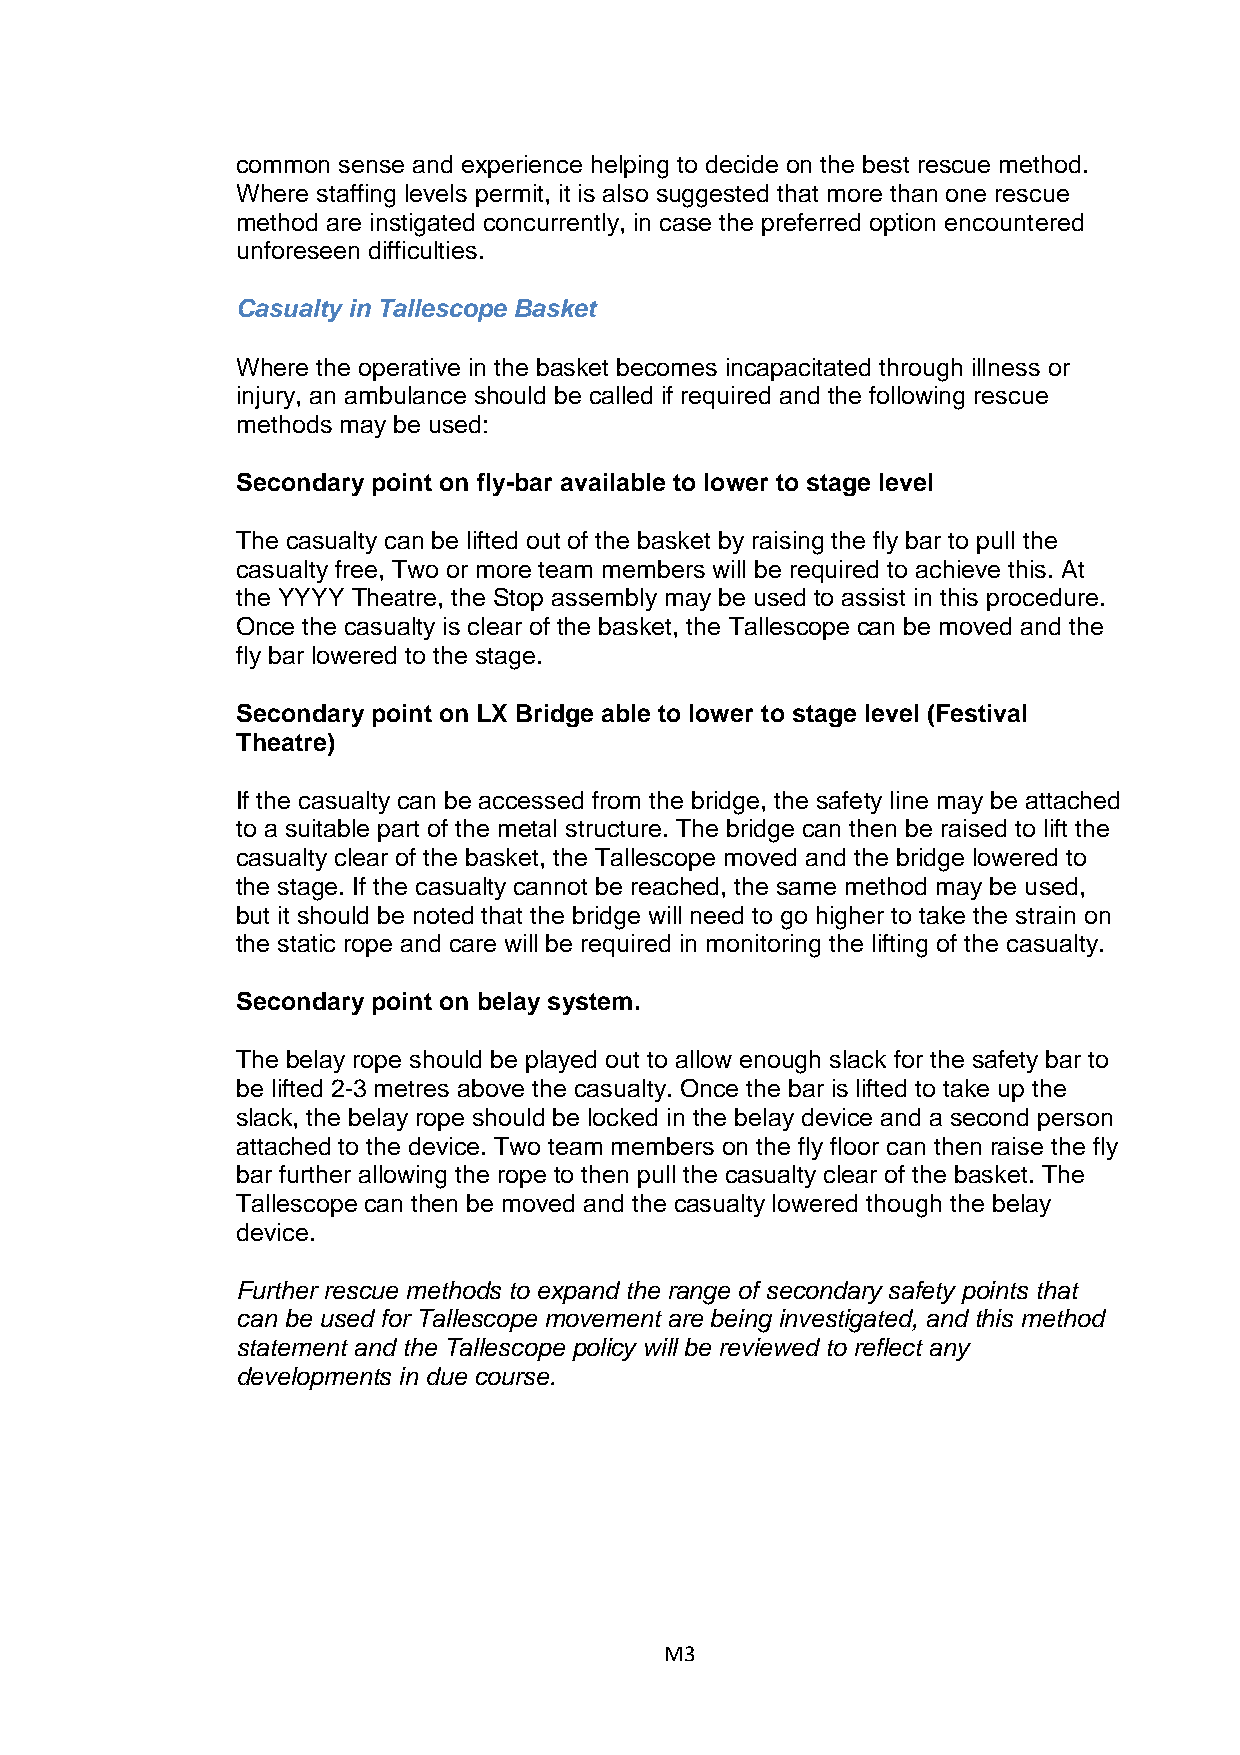
common sense and experience helping to decide on the best rescue method.
 Where staffing levels permit, it is also suggested that more than one rescue
 method are instigated concurrently, in case the preferred option encountered
 unforeseen difficulties.
 Casualty in Tallescope Basket
 Where the operative in the basket becomes incapacitated through illness or
 injury, an ambulance should be called if required and the following rescue
 methods may be used:
 Secondary point on fly-bar available to lower to stage level
 The casualty can be lifted out of the basket by raising the fly bar to pull the
 casualty free, Two or more team members will be required to achieve this. At
 the YYYY Theatre, the Stop assembly may be used to assist in this procedure.
 Once the casualty is clear of the basket, the Tallescope can be moved and the
 fly bar lowered to the stage.
 Secondary point on LX Bridge able to lower to stage level (Festival
 Theatre)
 If the casualty can be accessed from the bridge, the safety line may be attached
 to a suitable part of the metal structure. The bridge can then be raised to lift the
 casualty clear of the basket, the Tallescope moved and the bridge lowered to
 the stage. If the casualty cannot be reached, the same method may be used,
 but it should be noted that the bridge will need to go higher to take the strain on
 the static rope and care will be required in monitoring the lifting of the casualty.
 Secondary point on belay system.
 The belay rope should be played out to allow enough slack for the safety bar to
 be lifted 2-3 metres above the casualty. Once the bar is lifted to take up the
 slack, the belay rope should be locked in the belay device and a second person
 attached to the device. Two team members on the fly floor can then raise the fly
 bar further allowing the rope to then pull the casualty clear of the basket. The
 Tallescope can then be moved and the casualty lowered though the belay
 device.
 Further rescue methods to expand the range of secondary safety points that
 can be used for Tallescope movement are being investigated, and this method
 statement and the Tallescope policy will be reviewed to reflect any
 developments in due course.
 M3